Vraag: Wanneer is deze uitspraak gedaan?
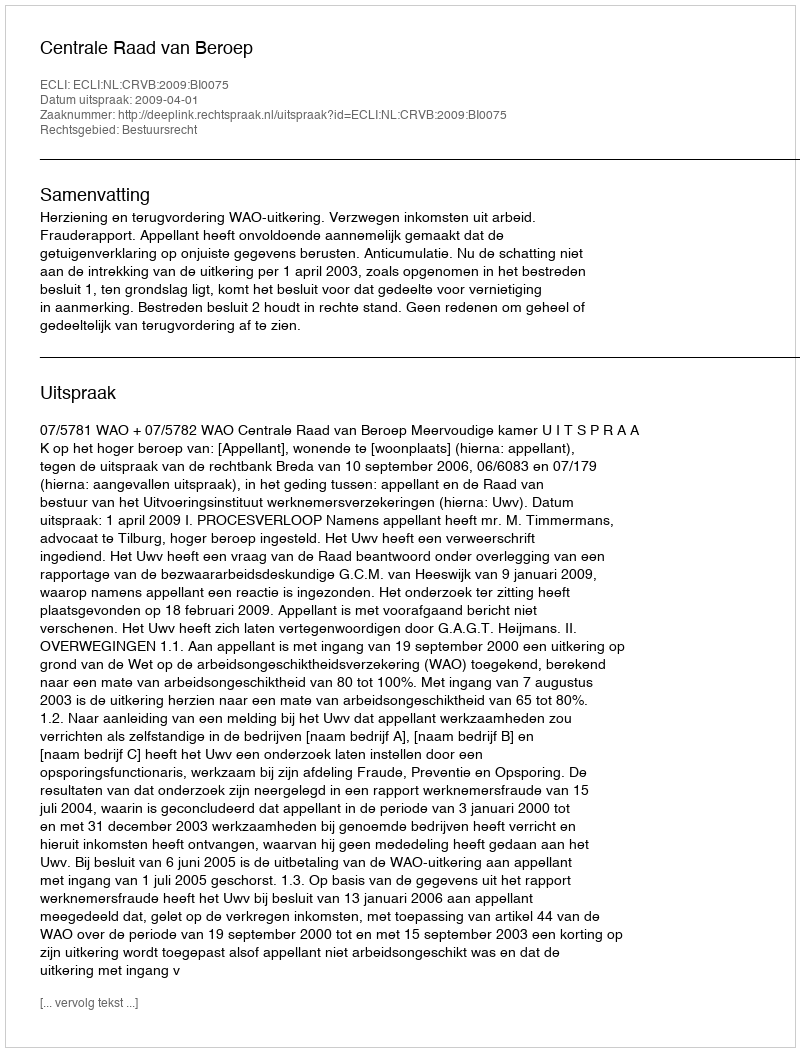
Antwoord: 2009-04-01